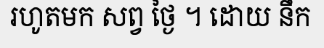
រហូតមក សព្វ ថ្ងៃ ។ ដោយ នឹក